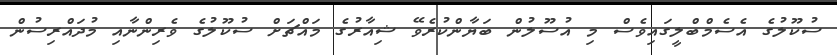
ސުކޫލުގެ އެސެމްބްލީގައިވެސް މި އުސޫލުން ބަޔާންކުރެވޭ ޝިއާރުގެ މައްޗަށް ސުކޫލުގެ ވެރިންނާއި މުދައްރިސުން